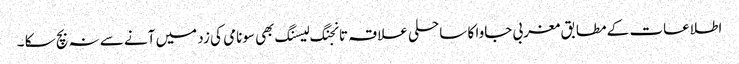
اطلاعات کے مطابق مغربی جاوا کا ساحلی علاقہ تانجنگ لیسنگ بھی سونامی کی زد میں آنے سے نہ بچ سکا ۔